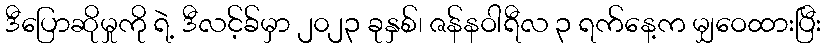
ဒီပြောဆိုမှုကို ရဲ့ ဒီလင့်ခ်မှာ ၂၀၂၃ ခုနှစ်၊ ဇန်နဝါရီလ ၃ ရက်နေ့က မျှဝေထားပြီး